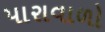
પારાવાળો